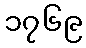
၁၇၆၉